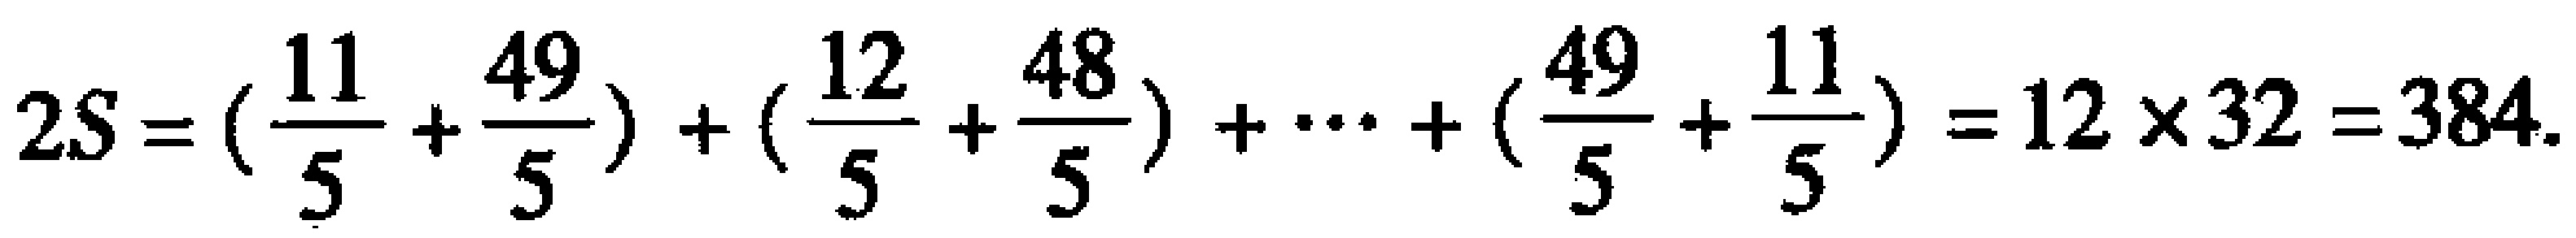
$2S = (\frac{11}{5} + \frac{49}{5}) + (\frac{12}{5} + \frac{48}{5}) + \cdots + (\frac{49}{5} + \frac{11}{5}) = 12\times32 = 384.$